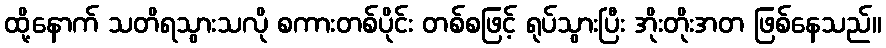
ထို့နောက် သတိရသွားသလို စကားတစ်ပိုင်း တစ်စဖြင့် ရုပ်သွားပြီး အိုးတိုးအတ ဖြစ်နေသည်။